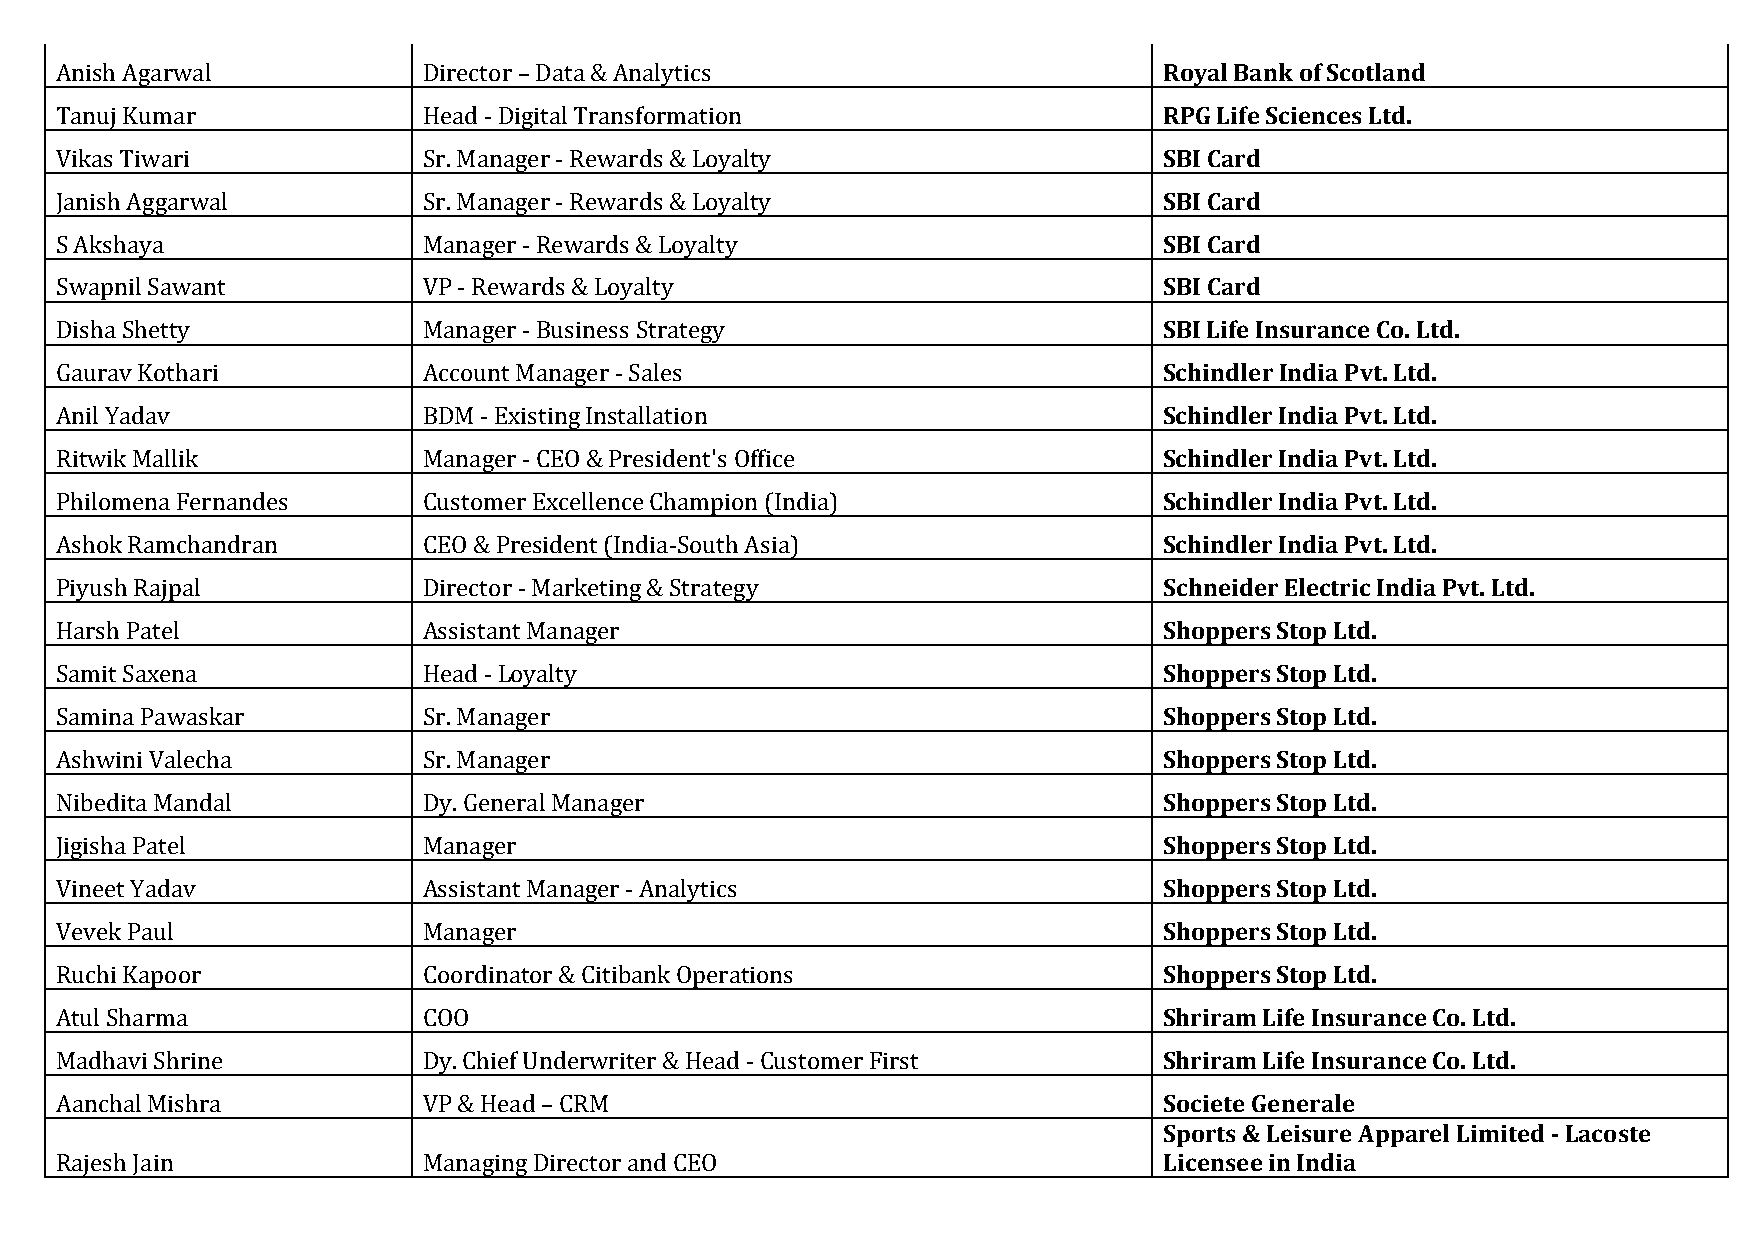
Anish Agarwal           Director – Data & Analytics                      Royal Bank of Scotland
 Tanuj Kumar             Head - Digital Transformation                    RPG Life Sciences Ltd.
 Vikas Tiwari            Sr. Manager - Rewards & Loyalty                  SBI Card
 Janish Aggarwal         Sr. Manager - Rewards & Loyalty                  SBI Card
 S Akshaya               Manager - Rewards & Loyalty                      SBI Card
 Swapnil Sawant          VP - Rewards & Loyalty                           SBI Card
 Disha Shetty            Manager - Business Strategy                      SBI Life Insurance Co. Ltd.
 Gaurav Kothari          Account Manager - Sales                          Schindler India Pvt. Ltd.
 Anil Yadav              BDM - Existing Installation                      Schindler India Pvt. Ltd.
 Ritwik Mallik           Manager - CEO & President's Office               Schindler India Pvt. Ltd.
 Philomena Fernandes     Customer Excellence Champion (India)             Schindler India Pvt. Ltd.
 Ashok Ramchandran       CEO & President (India-South Asia)               Schindler India Pvt. Ltd.
 Piyush Rajpal           Director - Marketing & Strategy                  Schneider Electric India Pvt. Ltd.
 Harsh Patel             Assistant Manager                                Shoppers Stop Ltd.
 Samit Saxena            Head - Loyalty                                   Shoppers Stop Ltd.
 Samina Pawaskar         Sr. Manager                                      Shoppers Stop Ltd.
 Ashwini Valecha         Sr. Manager                                      Shoppers Stop Ltd.
 Nibedita Mandal         Dy. General Manager                              Shoppers Stop Ltd.
 Jigisha Patel           Manager                                          Shoppers Stop Ltd.
 Vineet Yadav            Assistant Manager - Analytics                    Shoppers Stop Ltd.
 Vevek Paul              Manager                                          Shoppers Stop Ltd.
 Ruchi Kapoor            Coordinator & Citibank Operations                Shoppers Stop Ltd.
 Atul Sharma             COO                                              Shriram Life Insurance Co. Ltd.
 Madhavi Shrine          Dy. Chief Underwriter & Head - Customer First    Shriram Life Insurance Co. Ltd.
 Aanchal Mishra          VP & Head – CRM                                  Societe Generale
 Sports & Leisure Apparel Limited - Lacoste
 Rajesh Jain             Managing Director and CEO                        Licensee in India